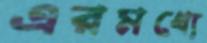
এরমধ্যে